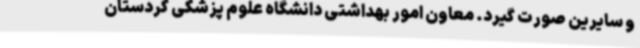
و سایرین صورت گیرد. معاون امور بهداشتی دانشگاه علوم پزشکی کردستان